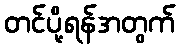
တင်ပို့ရန်အတွက်